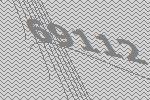
69112